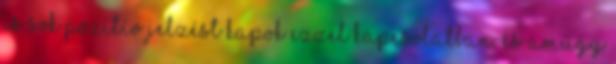
is sok pozitív jelzést kapok ezzel kapcsolatban. És amúgy